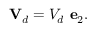
\mathbf { V } _ { d } = V _ { d } \ \mathbf { e } _ { 2 } .